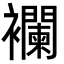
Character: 襴